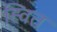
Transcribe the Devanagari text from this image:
ह्वित